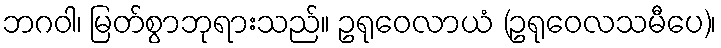
ဘဂဝါ၊ မြတ်စွာဘုရားသည်။ ဥရုဝေလာယံ (ဥရုဝေလသမီပေ)၊